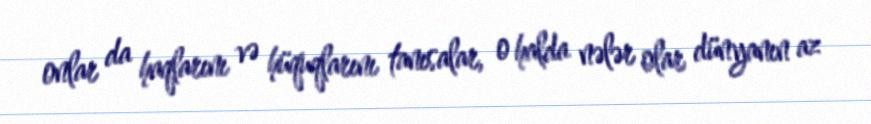
onlar da haqlarını və hüquqlarını tanısalar, o halda nələr olar dünyanın az